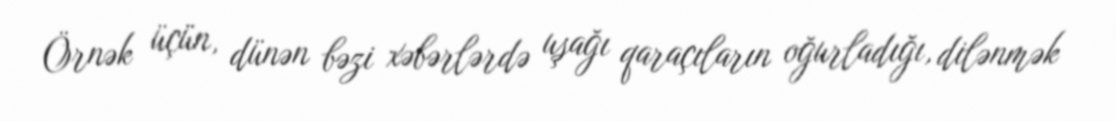
Örnək üçün, dünən bəzi xəbərlərdə uşağı qaraçıların oğurladığı, dilənmək